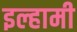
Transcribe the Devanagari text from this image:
इल्हामी